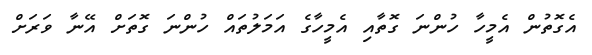
އެގޮތުން އެމީހާ ހުންނަ ގޮތާއި އެމީހާގެ އަމަލުތައް ހުންނަ ގޮތަށް އޭނާ ވަރަށް